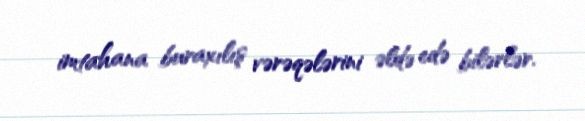
imtahana buraxılış vərəqələrini əldə edə bilərlər.